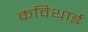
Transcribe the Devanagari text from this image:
कविथाई